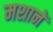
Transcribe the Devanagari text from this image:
मशानें